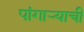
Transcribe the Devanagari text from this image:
पांगाऱ्याची